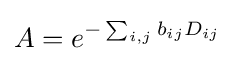
A=e^{-\sum _{i,j}b_{ij}D_{ij}}